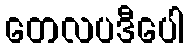
တေလပဒီပေါ